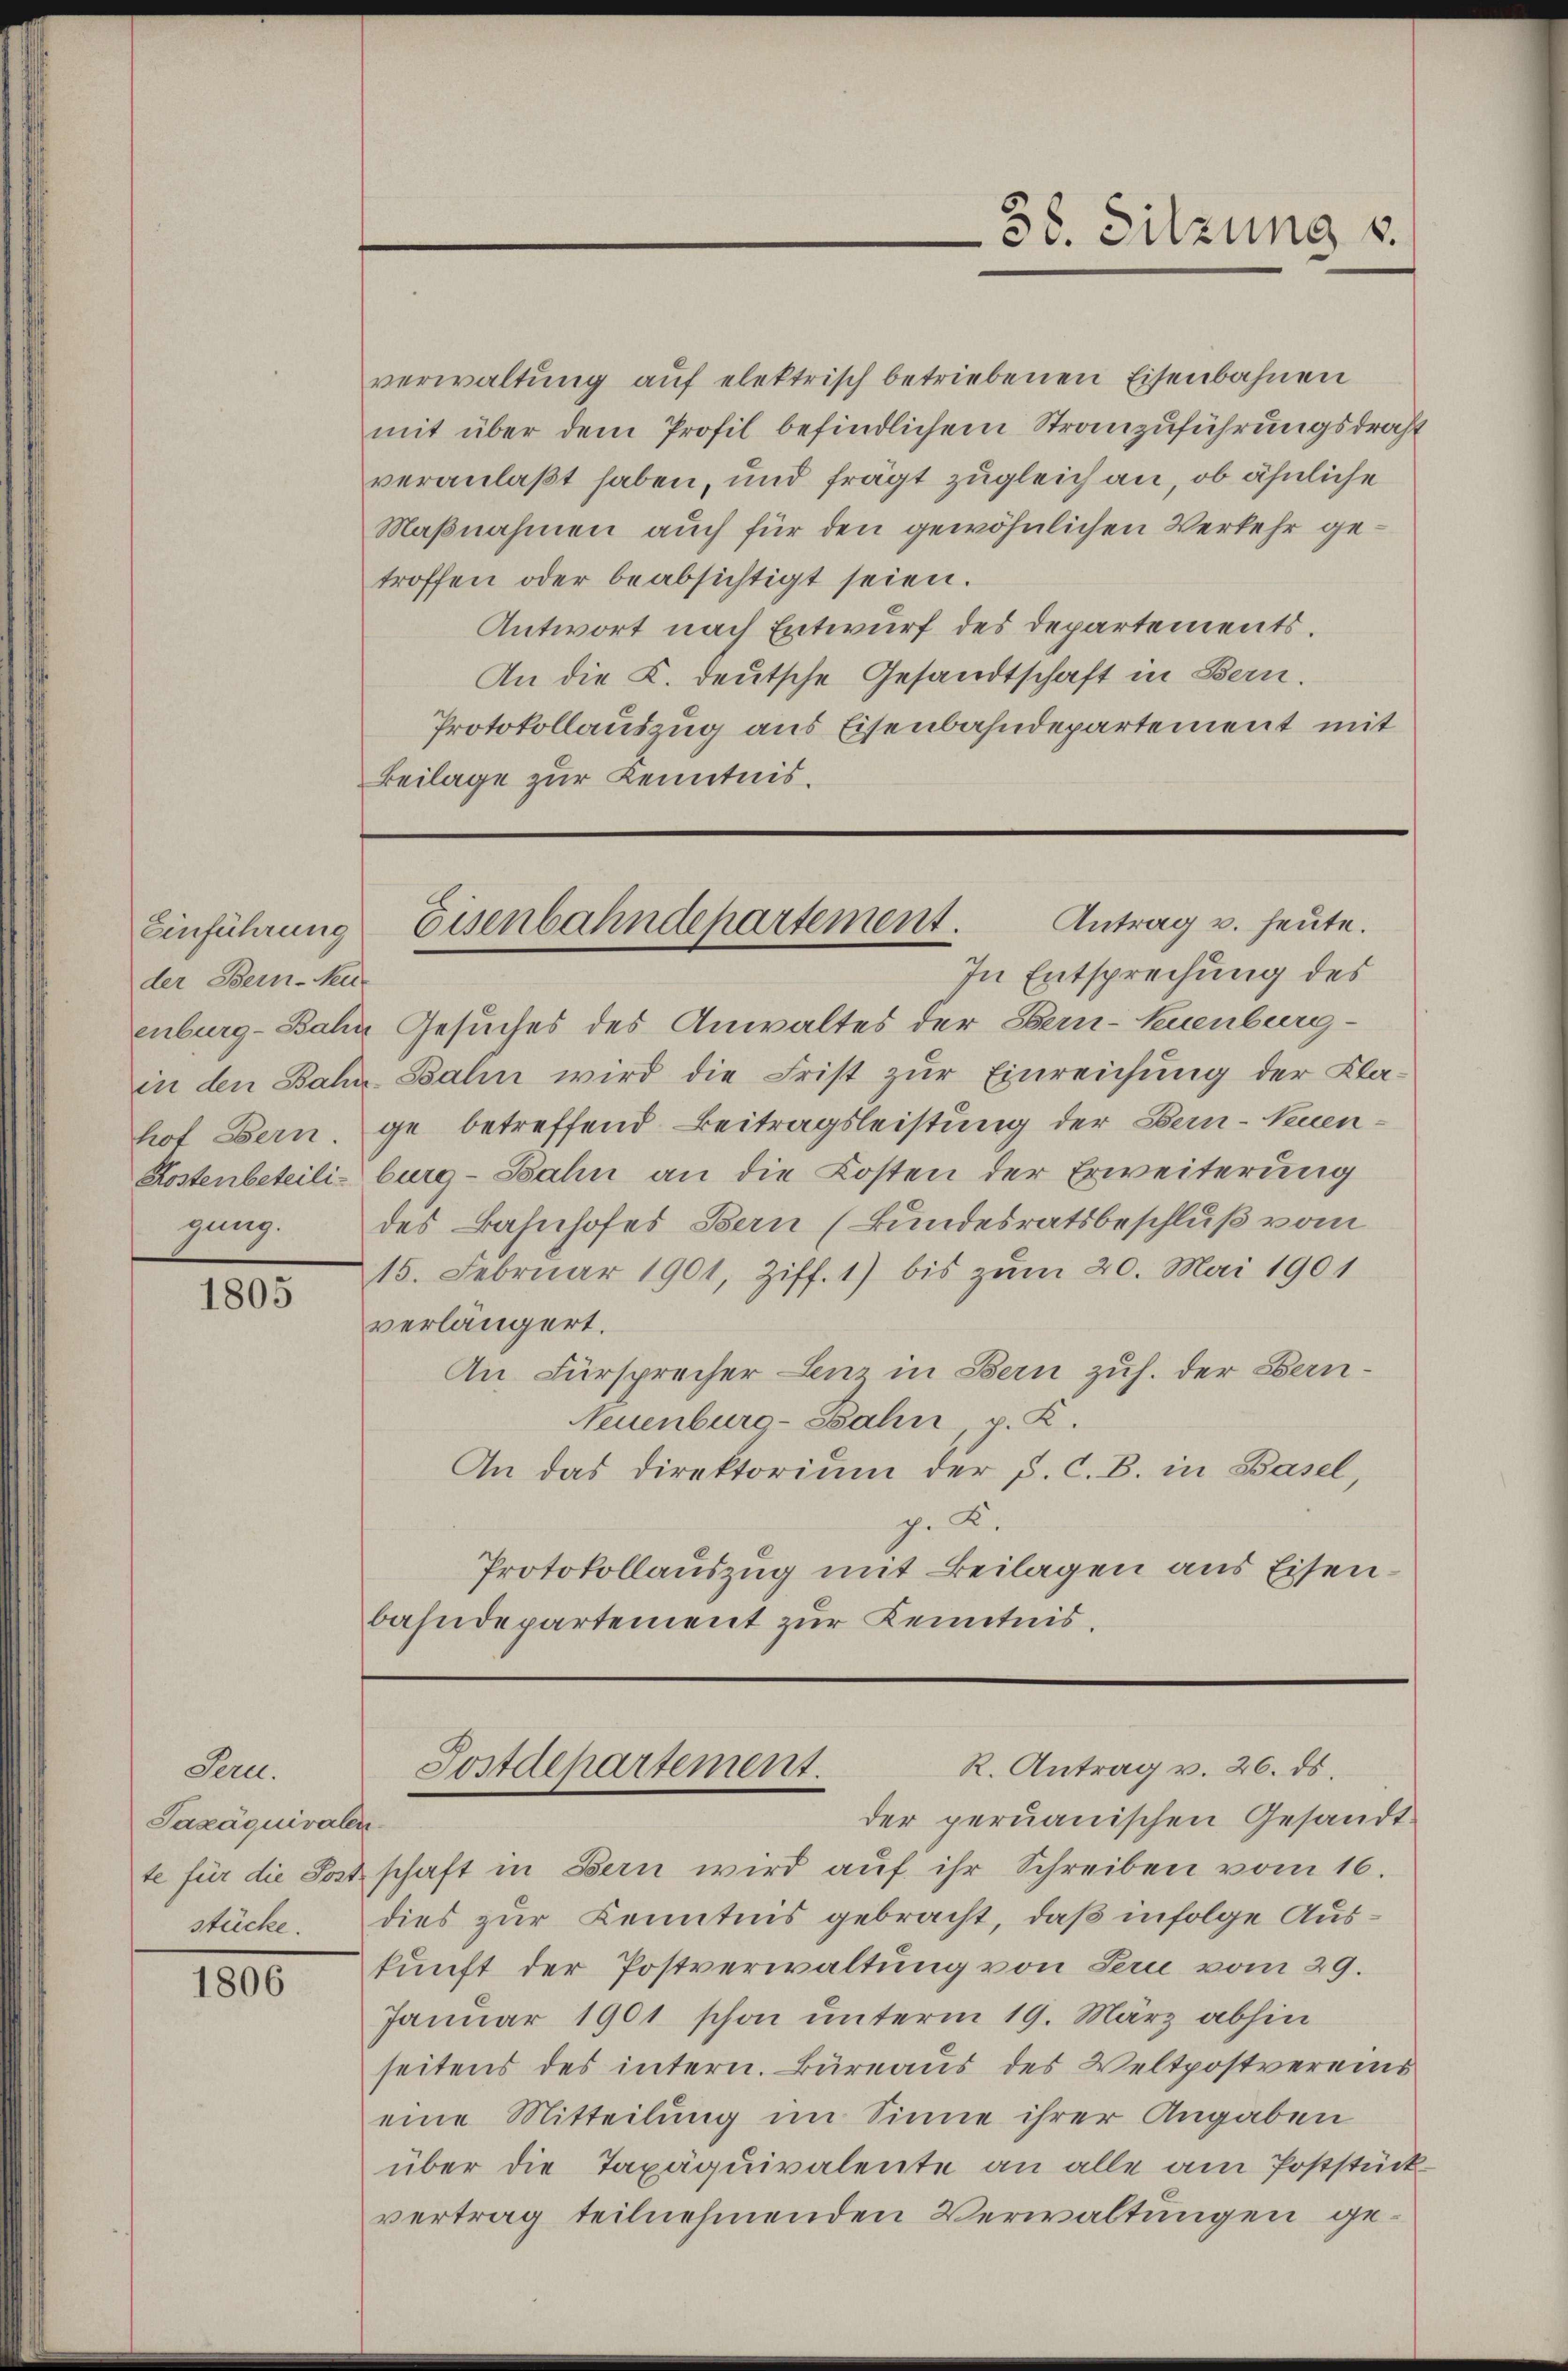
Einführung
der Bern-Neu
hof Bern.
gung.

1805

Sern.
Sazäquivalen
te für die Post-

1806

verwaltung auf elektrisch betriebenen Eisenbahnen
mit über dem Profil befindlichem Stranzuführungsdraht
veranlaßt haben, und frägt zugleich an, ob ähnliche
Maßnahmen auch für den gewöhnlichen Verkehr getroffen oder beabsichtigt seien.
Antwort nach Entwurf des Departements.
An die K. deutsche Gesandtschaft in Bern.
Protokollauszug aus Eisenbahndepartement mit
Beilage zur Kenntnis.

In Entsprechung des
enburg-Bahn Gesuches des Anwaltes der Bern-Kuenburg-
in den Bahn Bahn wird die Frist zur Einreichung der Klage betreffend Beitragsleistung der Bern - Neuen¬
Kostenbeteili-burg-Bahn an die Kosten der Erweiterung
des Bahnhofes Bern (Bundesratsbeschluß vom
15. Februar 1901, Ziff. 1) bis zŭm 20. Mai 1901
verlängert.
An Fürsprecher Leu in Bern zuh. der Bern¬
Neuenburg-Bahn, p. K.
An das Direktorium der P. C. B. in Basel,
g. K.
Protokollauszug mit Beilagen aus Eisenbahndepartement zur Kenntnis.

38. Sitzung v.

Antrag u. heute.
Eisenbahndepartement.

R. Antrag v. 26. ds.
Postdepartement.

der peruanischen Gesandtschaft in Bern wird auf ihr Schreiben vom 16.
stücke. Dies zur Kenntnis gebracht, daß infolge Auskunft der Postverwaltung von Seri vom 29.
Januar 1901 schon unterm 19. März abhin
seitens des intern. Bureaus des Veltpostvereins
eine Mitteilung im Sinne ihrer Angaben
über die Taxäquivalente an alle am Poststück
vertrag teilnehmenden Verwaltungen ge¬